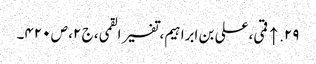
۲۹. ↑ قمی، علی بن ابراہیم، تفسیر القمی، ج ۲، ص ۴۲۰۔